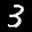
Label: 3